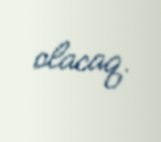
olacaq.